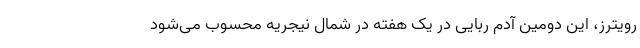
رویترز، این دومین آدم ربایی در یک هفته در شمال نیجریه محسوب می‌شود